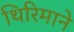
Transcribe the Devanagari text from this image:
थिरिमाने